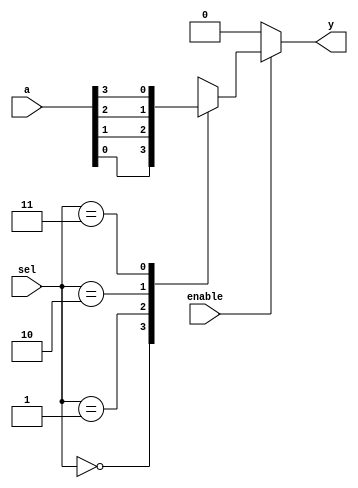
module ar_mux41(input [3:0]a, input [1:0]sel, input enable, output y);

reg y;
always @(*)
begin 
	if(~enable)
		y = 1'b0;
	else
		case(sel)
			2'b00: y = a[0];
			2'b01: y = a[1];
			2'b10: y = a[2];
			2'b11: y = a[3];
		endcase
	end
	
endmodule